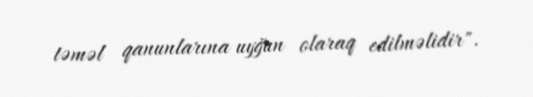
təməl qanunlarına uyğun olaraq edilməlidir".